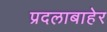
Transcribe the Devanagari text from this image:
प्रदलाबाहेर